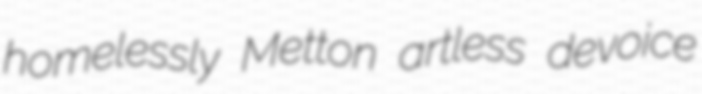
homelessly Metton artless devoice